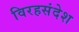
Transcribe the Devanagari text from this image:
विरहसंदेश